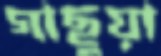
গাছুয়া